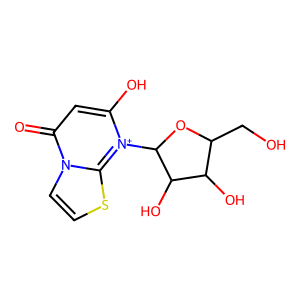
SMILES: O=c1cc(O)[n+](C2OC(CO)C(O)C2O)c2sccn12
Inhibits HIV replication: No